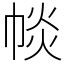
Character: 𢃔